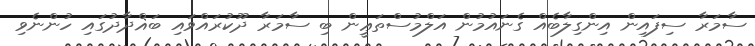
ސާމަރާ ސިފައިން އިންގިލާބެއް ގެނައުމުން އަލްމުސްތަޢީން ބި ސާމަރާ ދޫކުރައްވައި ބަޣްދާދުގައި ހުންނެވި